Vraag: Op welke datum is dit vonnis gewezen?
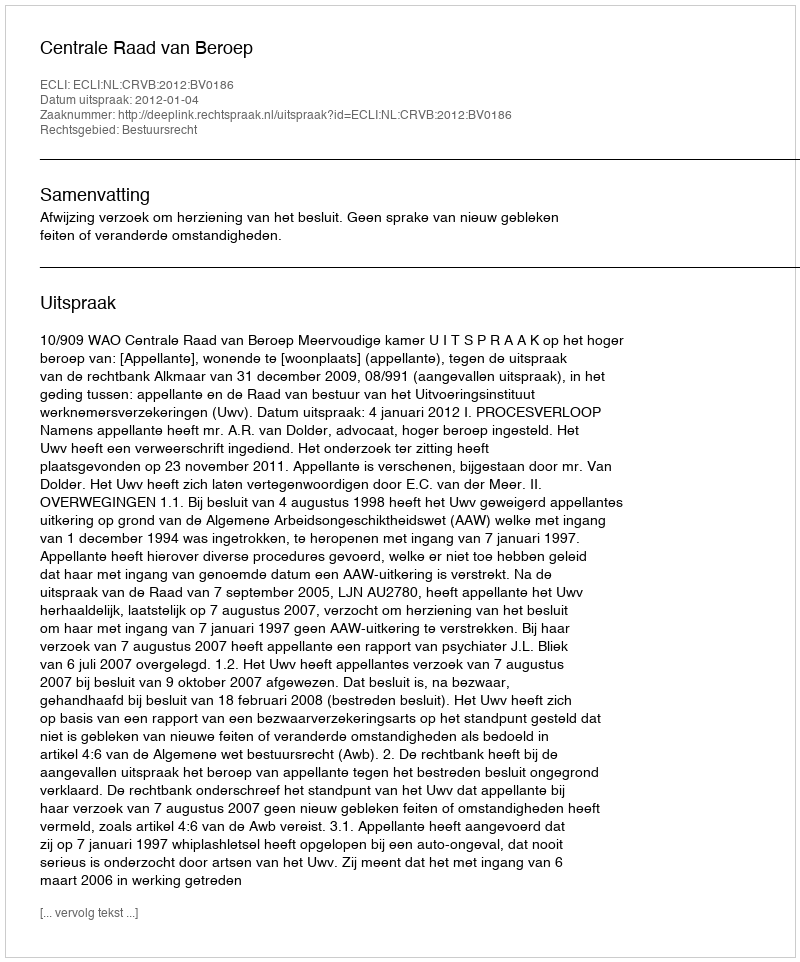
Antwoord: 2012-01-04